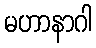
မဟာနာဂါ